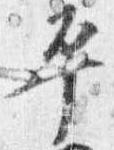
平